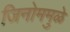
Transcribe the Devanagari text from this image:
जिनोममुळे